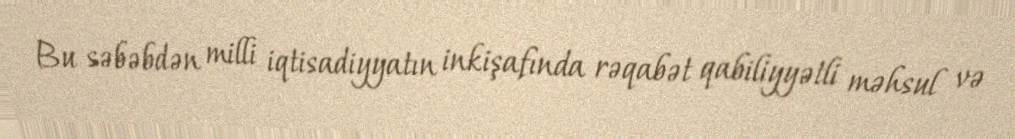
Bu səbəbdən milli iqtisadiyyatın inkişafında rəqabət qabiliyyətli məhsul və